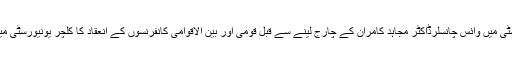
پنجا ب یونیو رسٹی میں وائس چانسلرڈاکٹر مجاہد کامران کے چارج لینے سے قبل قومی اور بین الاقوامی کانفرنسوں کے انعقاد کا کلچر یونیورسٹی میں موجود نہ تھا۔